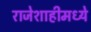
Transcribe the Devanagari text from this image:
राजेशाहीमध्ये